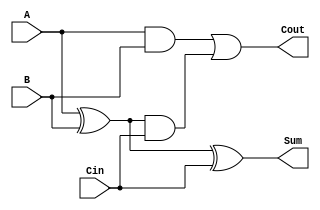
module CarryLookaheadFullAdder (
    input wire A,      // First input bit
    input wire B,      // Second input bit
    input wire Cin,    // Carry-in bit
    output wire Sum,   // Sum output
    output wire Cout   // Carry-out output
);

    // Internal signals for propagate and generate
    wire P;           // Propagate
    wire G;           // Generate
    wire C1;          // Intermediate carry

    // Calculate propagate and generate signals
    assign P = A ^ B; // P = A XOR B
    assign G = A & B; // G = A AND B

    // Calculate intermediate carry C1
    assign C1 = G | (P & Cin); // C1 = G + (P AND Cin)

    // Calculate final carry-out
    assign Cout = C1; // Cout = C1

    // Calculate sum output
    assign Sum = P ^ Cin; // Sum = P XOR Cin

endmodule